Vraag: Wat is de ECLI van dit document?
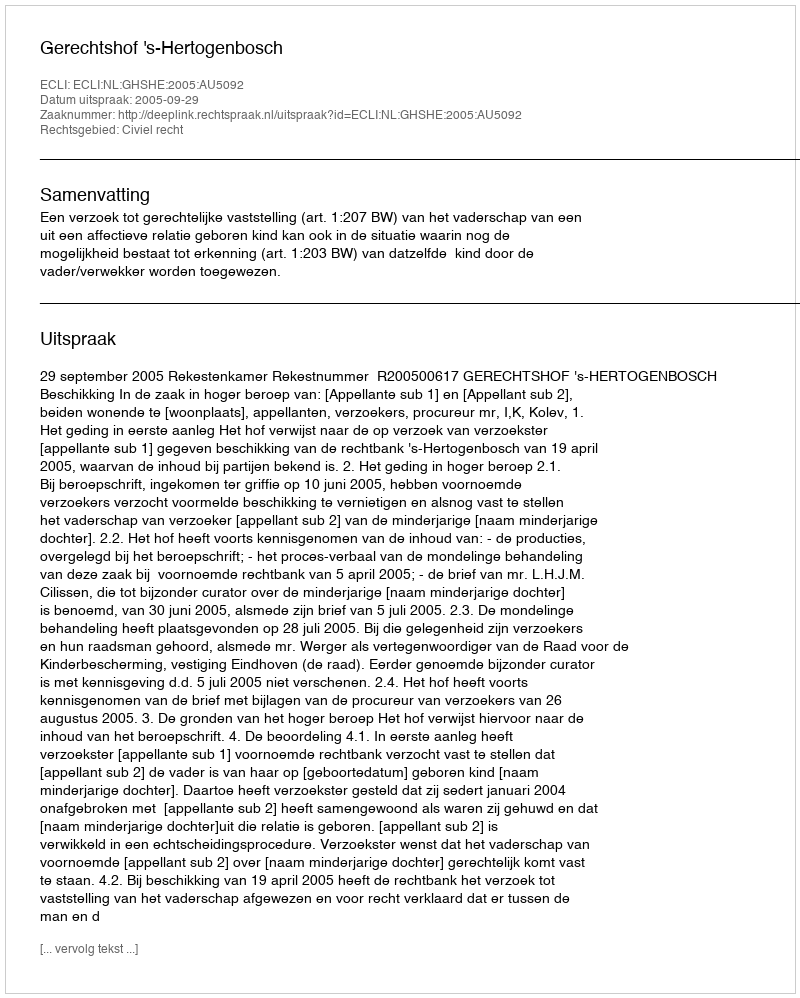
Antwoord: ECLI:NL:GHSHE:2005:AU5092